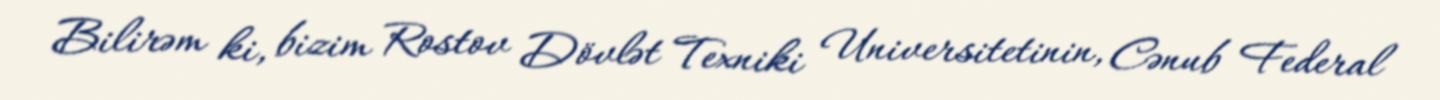
Bilirəm ki, bizim Rostov Dövlət Texniki Universitetinin, Cənub Federal